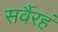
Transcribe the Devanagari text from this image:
सर्वैरहं